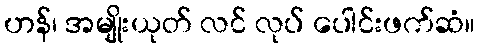
ဟန်၊ အမျိုးယုတ် လင် လုပ် ပေါင်းဖက်ဆံ။